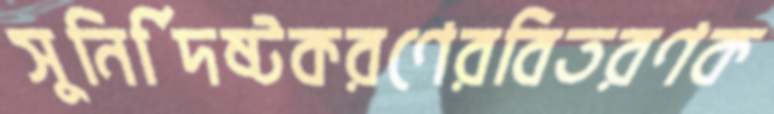
সুনির্দিষ্টকরণেরবিতরণক